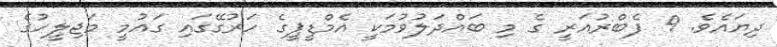
ދިޔައެވެ. 9 ފެބްރުއަރީ ގެ މި ބައްދަލުވުމަކީ އެމްޑީޕީގެ ހަރުގޭގައި ގައުމީ މަޖިލީހުގެ